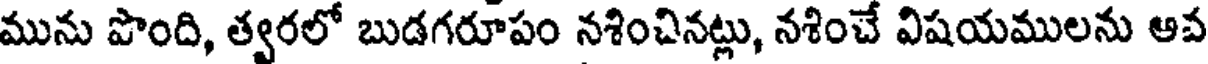
మును పొంది, త్వరలో బుడగరూపం నశించినట్లు, నశించే విషయములను ఆవ